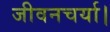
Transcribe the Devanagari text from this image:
जीवनचर्या।